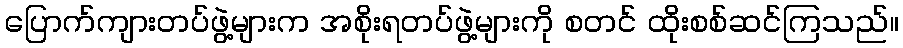
ပြောက်ကျားတပ်ဖွဲ့များက အစိုးရတပ်ဖွဲ့များကို စတင် ထိုးစစ်ဆင်ကြသည်။